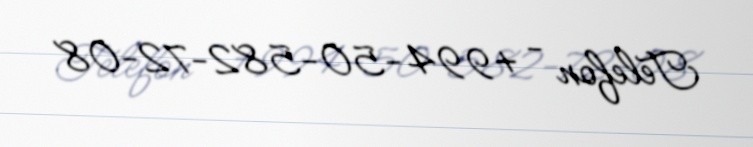
Telefon - +994-50-582-72-08